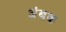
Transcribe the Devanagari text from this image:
अंबक